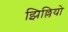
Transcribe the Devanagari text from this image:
झिल्लियो